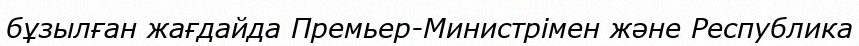
бұзылған жағдайда Премьер-Министрімен және Республика